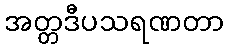
အတ္တဒီပသရဏတာ